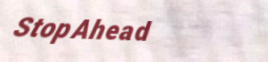
StopAhead